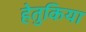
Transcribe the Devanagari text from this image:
हेतुकिया